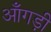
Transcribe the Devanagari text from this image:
आँगड़ी